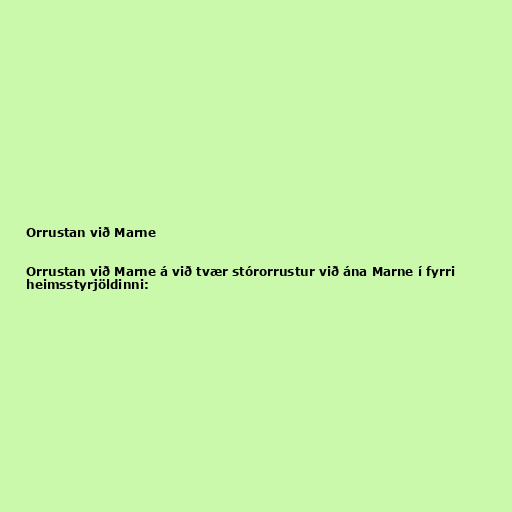
Orrustan við Marne

Orrustan við Marne á við tvær stórorrustur við ána Marne í fyrri
heimsstyrjöldinni: